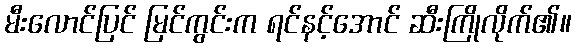
မီးလောင်ပြင် မြင်ကွင်းက ရင်နင့်အောင် ဆီးကြိုလိုက်၏။